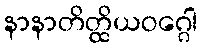
နာနာတိတ္ထိယဝဂ္ဂေါ